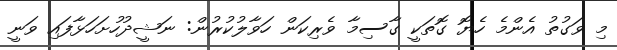
މި ވަގުތު އެންމެ ހެޔޮ ގޮތަކީ ގާސިމާ ވެރިކަން ހަވާލުކުރުން: ނަޝީދުހުށަހަޅާފައި ވަނީ